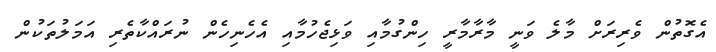
އެގޮތުން ވެރިރަށް މާލެ ވަނީ މާރާމާރީ ހިންގުމާއި ވަޅިޖެހުމާއި އެހެނިހެން ނުރައްކާތެރި އަމަލުތަކުން